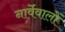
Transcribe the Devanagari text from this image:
नार्वेवालों